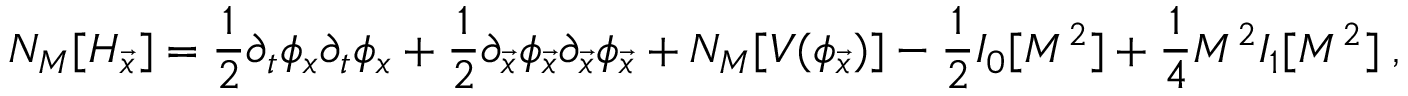
{ \cal N } _ { M } [ { \cal H } _ { \vec { x } } ] = { \frac { 1 } { 2 } } \partial _ { t } \phi _ { x } \partial _ { t } \phi _ { x } + { \frac { 1 } { 2 } } \partial _ { \vec { x } } \phi _ { \vec { x } } \partial _ { \vec { x } } \phi _ { \vec { x } } + { \cal N } _ { M } [ V ( \phi _ { \vec { x } } ) ] - { \frac { 1 } { 2 } } I _ { 0 } [ M ^ { 2 } ] + { \frac { 1 } { 4 } } M ^ { 2 } I _ { 1 } [ M ^ { 2 } ] \; ,